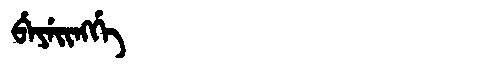
Manchu: ᠪᡝᠶᡝᡳᠩᡤᡝ
Romanization: BEYEINGGE